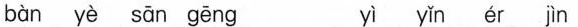
bàn yè sān gēng yì yǐn ér jìn